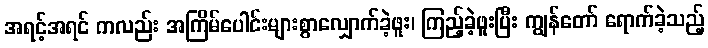
အရင့်အရင် ကလည်း အကြိမ်ပေါင်းများစွာလျှောက်ခဲ့ဖူး၊ ကြည့်ခဲ့ဖူးပြီး ကျွန်တော် ရောက်ခဲ့သည့်